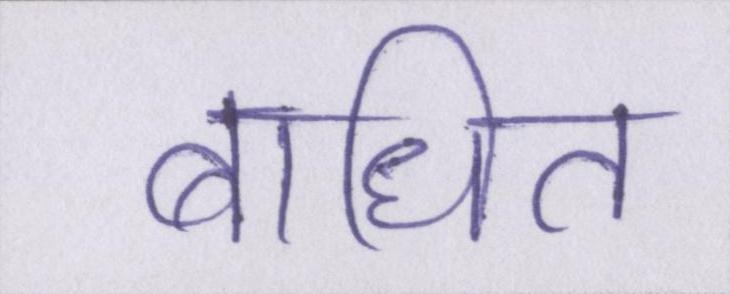
बाधित